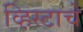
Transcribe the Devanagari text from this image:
व्हिस्टाचे